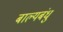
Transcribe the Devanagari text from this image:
बाल्यबंधु